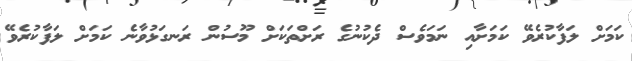
ކަމަށް ލަފާކުރެވޭ ކަމަށާއި ނަމަވެސް ދެކުނުގެ ރަށްތަކަަށް މޫސުން ރަނގަޅުވާނެ ކަމަށް ލަފާކުރެެވޭ